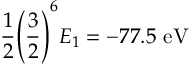
{ \frac { 1 } { 2 } } { \Bigg ( } { \frac { 3 } { 2 } } { \Bigg ) } ^ { 6 } E _ { 1 } = - 7 7 . 5 { \mathrm { ~ e V } }